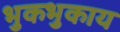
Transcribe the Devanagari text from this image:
भुकभुकाय